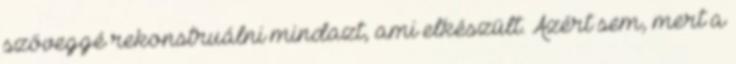
szöveggé rekonstruálni mindazt, ami elkészült. Azért sem, mert a